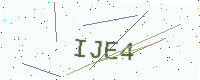
Text: IJE4